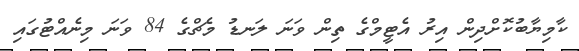
ކާމިޔާބުކޮށްދިން އިރު އެޓީމްގެ ތިން ވަނަ ލަނޑު މެޗްގެ 84 ވަނަ މިނެއްޓުގައި